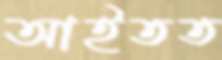
আইতত